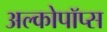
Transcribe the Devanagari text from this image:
अल्कोपॉप्स